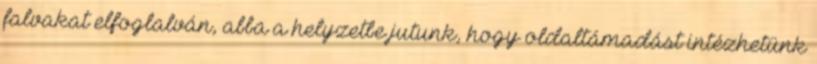
falvakat elfoglalván, abba a helyzetbe jutunk, hogy oldaltámadást intézhetünk